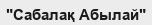
"Сабалақ Абылай"